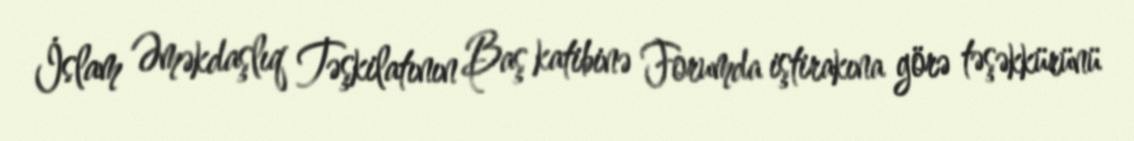
İslam Əməkdaşlıq Təşkilatının Baş katibinə Forumda iştirakına görə təşəkkürünü